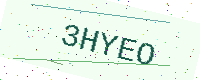
Text: 3HYEO